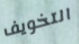
التخويف